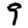
Digit: 9